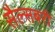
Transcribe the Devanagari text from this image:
सैल्सबरी